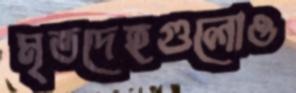
মৃতদেহগুলোও